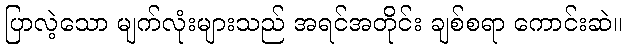
ပြာလဲ့သော မျက်လုံးများသည် အရင်အတိုင်း ချစ်စရာ ကောင်းဆဲ။